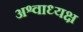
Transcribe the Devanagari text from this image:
अश्वाध्यक्ष